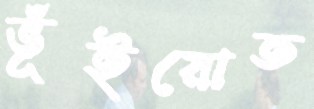
ভূঁইয়োত